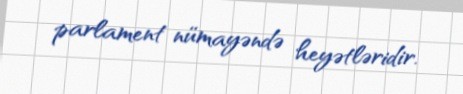
parlament nümayəndə heyətləridir.